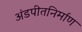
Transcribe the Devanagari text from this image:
अंडपीतनिर्माण